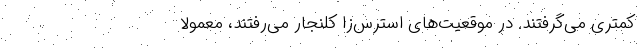
کمتری می‌گرفتند. در موقعیت‌های استرس‌زا کلنجار می‌رفتند، معمولاً